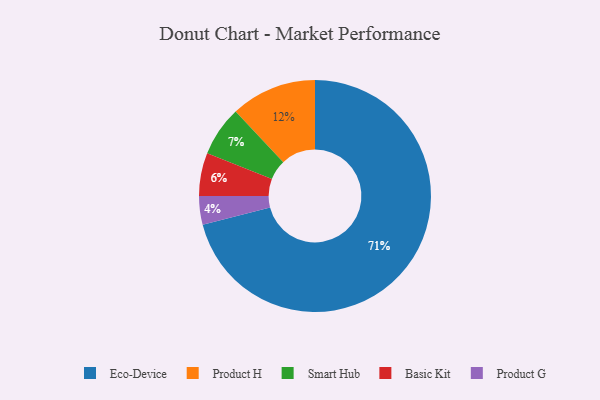
{"axis": {"x": "Category", "y": "Percentage"}, "legend": ["Basic Kit", "Eco-Device", "Product G", "Product H", "Smart Hub"], "data": [{"x": "Eco-Device", "y": 71, "type": "Eco-Device"}, {"x": "Product G", "y": 4, "type": "Product G"}, {"x": "Smart Hub", "y": 7, "type": "Smart Hub"}, {"x": "Product H", "y": 12, "type": "Product H"}, {"x": "Basic Kit", "y": 6, "type": "Basic Kit"}]}